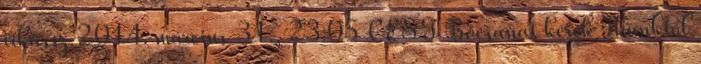
írkássz 2014. március 31., 23:05 CEST Bocsánat kérek Pkunktól